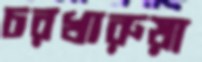
চরখারুয়া